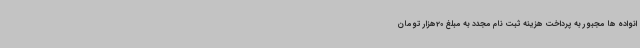
انواده ها مجبور به پرداخت هزینه ثبت نام مجدد به مبلغ 20هزار تومان